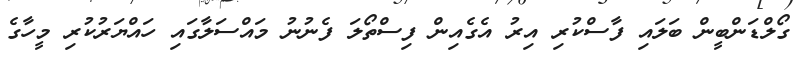
ގޯލްޑަންބީން ބަލައި ފާސްކުރި އިރު އެގެއިން ފިސްތޯލަ ފެނުނު މައްސަލާގައި ހައްޔަރުކުރި މީހާގެ